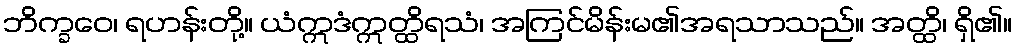
ဘိက္ခဝေ၊ ရဟန်းတို့။ ယံဣဒံဣတ္ထိရသံ၊ အကြင်မိန်းမ၏အရသာသည်။ အတ္ထိ၊ ရှိ၏။